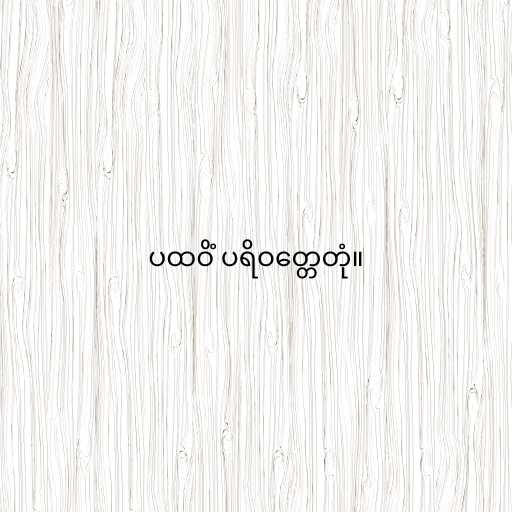
ပထဝိံ ပရိဝတ္တေတုံ။